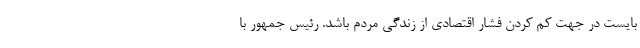
بایست در جهت کم کردن فشار اقتصادی از زندگی مردم باشد. رئیس جمهور با